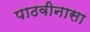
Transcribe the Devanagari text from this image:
पाठवीनासा